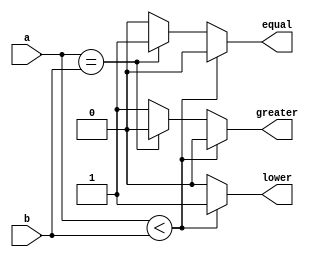
`timescale 1ns / 1ps
//////////////////////////////////////////////////////////////////////////////////
// Company: 
// Engineer: 
// 
// Design Name: 
// Module Name: Comparator
// Project Name: 
// Target Devices: 
// Tool Versions: 
// Description: 
// 
// Dependencies: 
// 
// Revision:
// Revision 0.01 - File Created
// Additional Comments:
// 
//////////////////////////////////////////////////////////////////////////////////


module Comparator2(
    input [15:0] a,
    input [15:0] b,
    output reg equal,
    output reg lower,
    output reg greater
    );

    always @* 
    begin
      if (a < b) 
      begin
        equal = 0;
        lower = 1;
        greater = 0;
      end
      else if (a==b) 
      begin
        equal = 1;
        lower = 0;
        greater = 0;
      end
      else 
      begin
        equal = 0;
        lower = 0;
        greater = 1;
      end
    end

endmodule